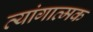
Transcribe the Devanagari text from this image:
व्यांगात्मक